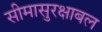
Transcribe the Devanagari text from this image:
सीमासुरक्षाबल